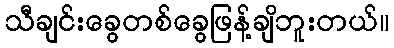
သီချင်းခွေတစ်ခွေဖြန့်ချိဘူးတယ်။